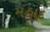
મહાદ